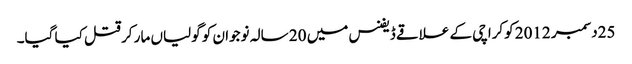
25دسمبر 2012 کوکراچی کے علاقے ڈیفنس میں 20 سالہ نوجوان کو گولیاں مار کر قتل کیا گیا۔